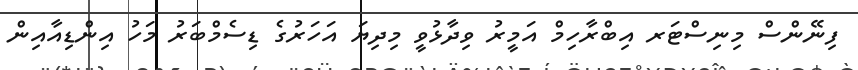
ފިނޭންސް މިނިސްޓަރ އިބްރާހިމް އަމީރު ވިދާޅުވީ މިދިޔަ އަހަރުގެ ޑިސެމްބަރު މަހު އިންޑިއާއިން